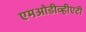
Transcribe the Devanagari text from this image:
एमओडीव्हीएटी